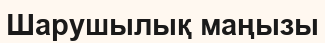
Шарушылық маңызы